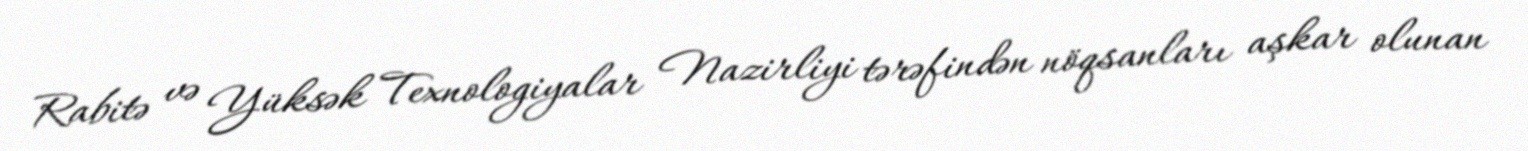
Rabitə və Yüksək Texnologiyalar Nazirliyi tərəfindən nöqsanları aşkar olunan